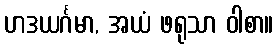
ဟဒယင်္ဂမာ, အယံ ဖရုသာ ဝါစာ။